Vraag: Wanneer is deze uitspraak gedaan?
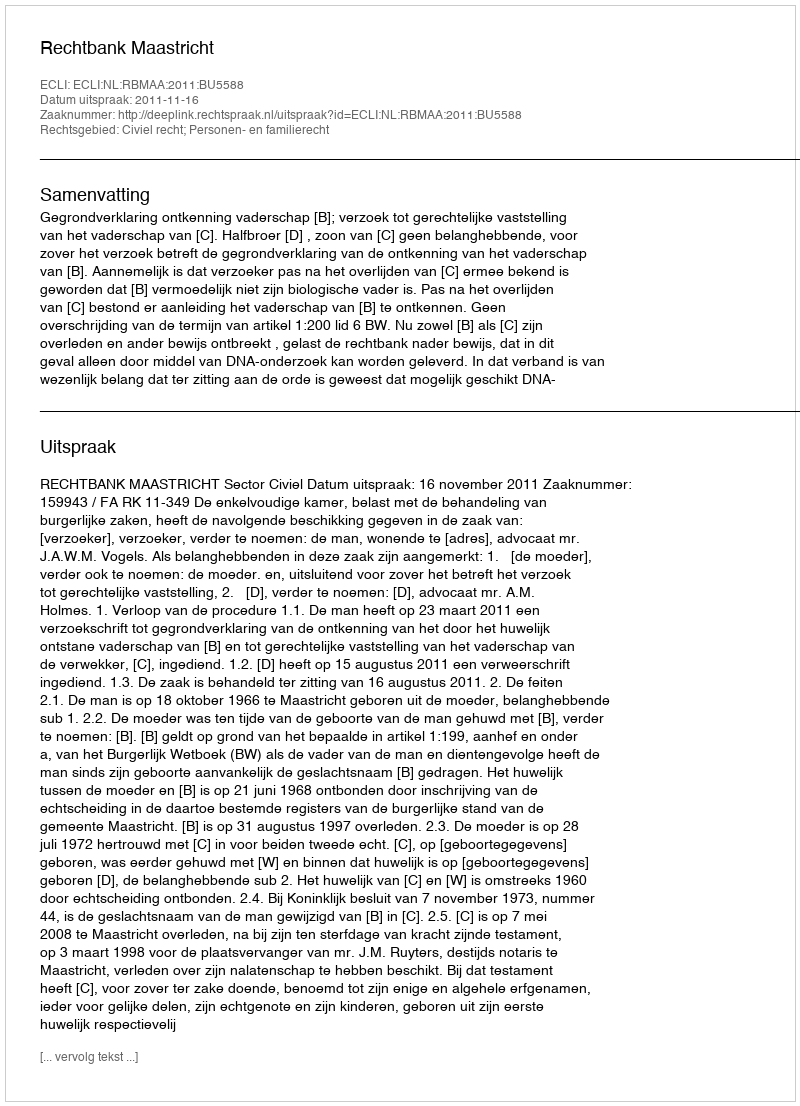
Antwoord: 2011-11-16